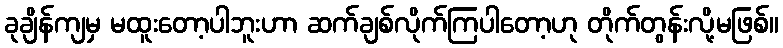
ခုချိန်ကျမှ မထူးတော့ပါဘူးဟာ ဆက်ချစ်လိုက်ကြပါတော့ဟု တိုက်တွန်းလို့မဖြစ်။